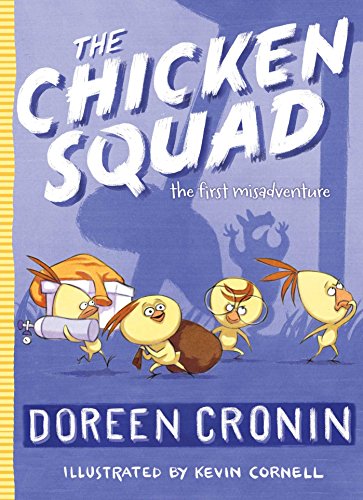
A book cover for The Chicken Squad: The First Misadventure; Doreen Cronin; Children's Books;